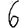
Digit: 6